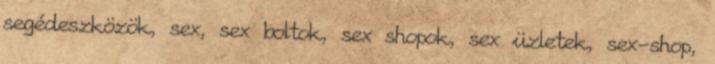
segédeszközök, sex, sex boltok, sex shopok, sex üzletek, sex-shop,